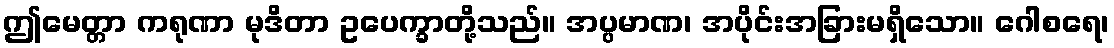
ဤမေတ္တာ ကရုဏာ မုဒိတာ ဥပေက္ခာတို့သည်။ အပ္ပမာဏ၊ အပိုင်းအခြားမရှိသော။ ဂေါစရေ၊